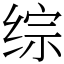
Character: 综